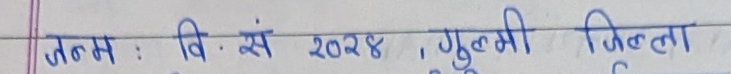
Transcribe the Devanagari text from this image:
जन्म : वि. सं २०२४ , गुल्मी जिल्ला